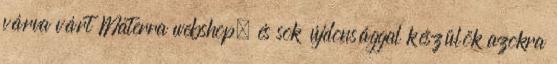
várva várt Materra webshop, és sok újdonsággal készülök azokra